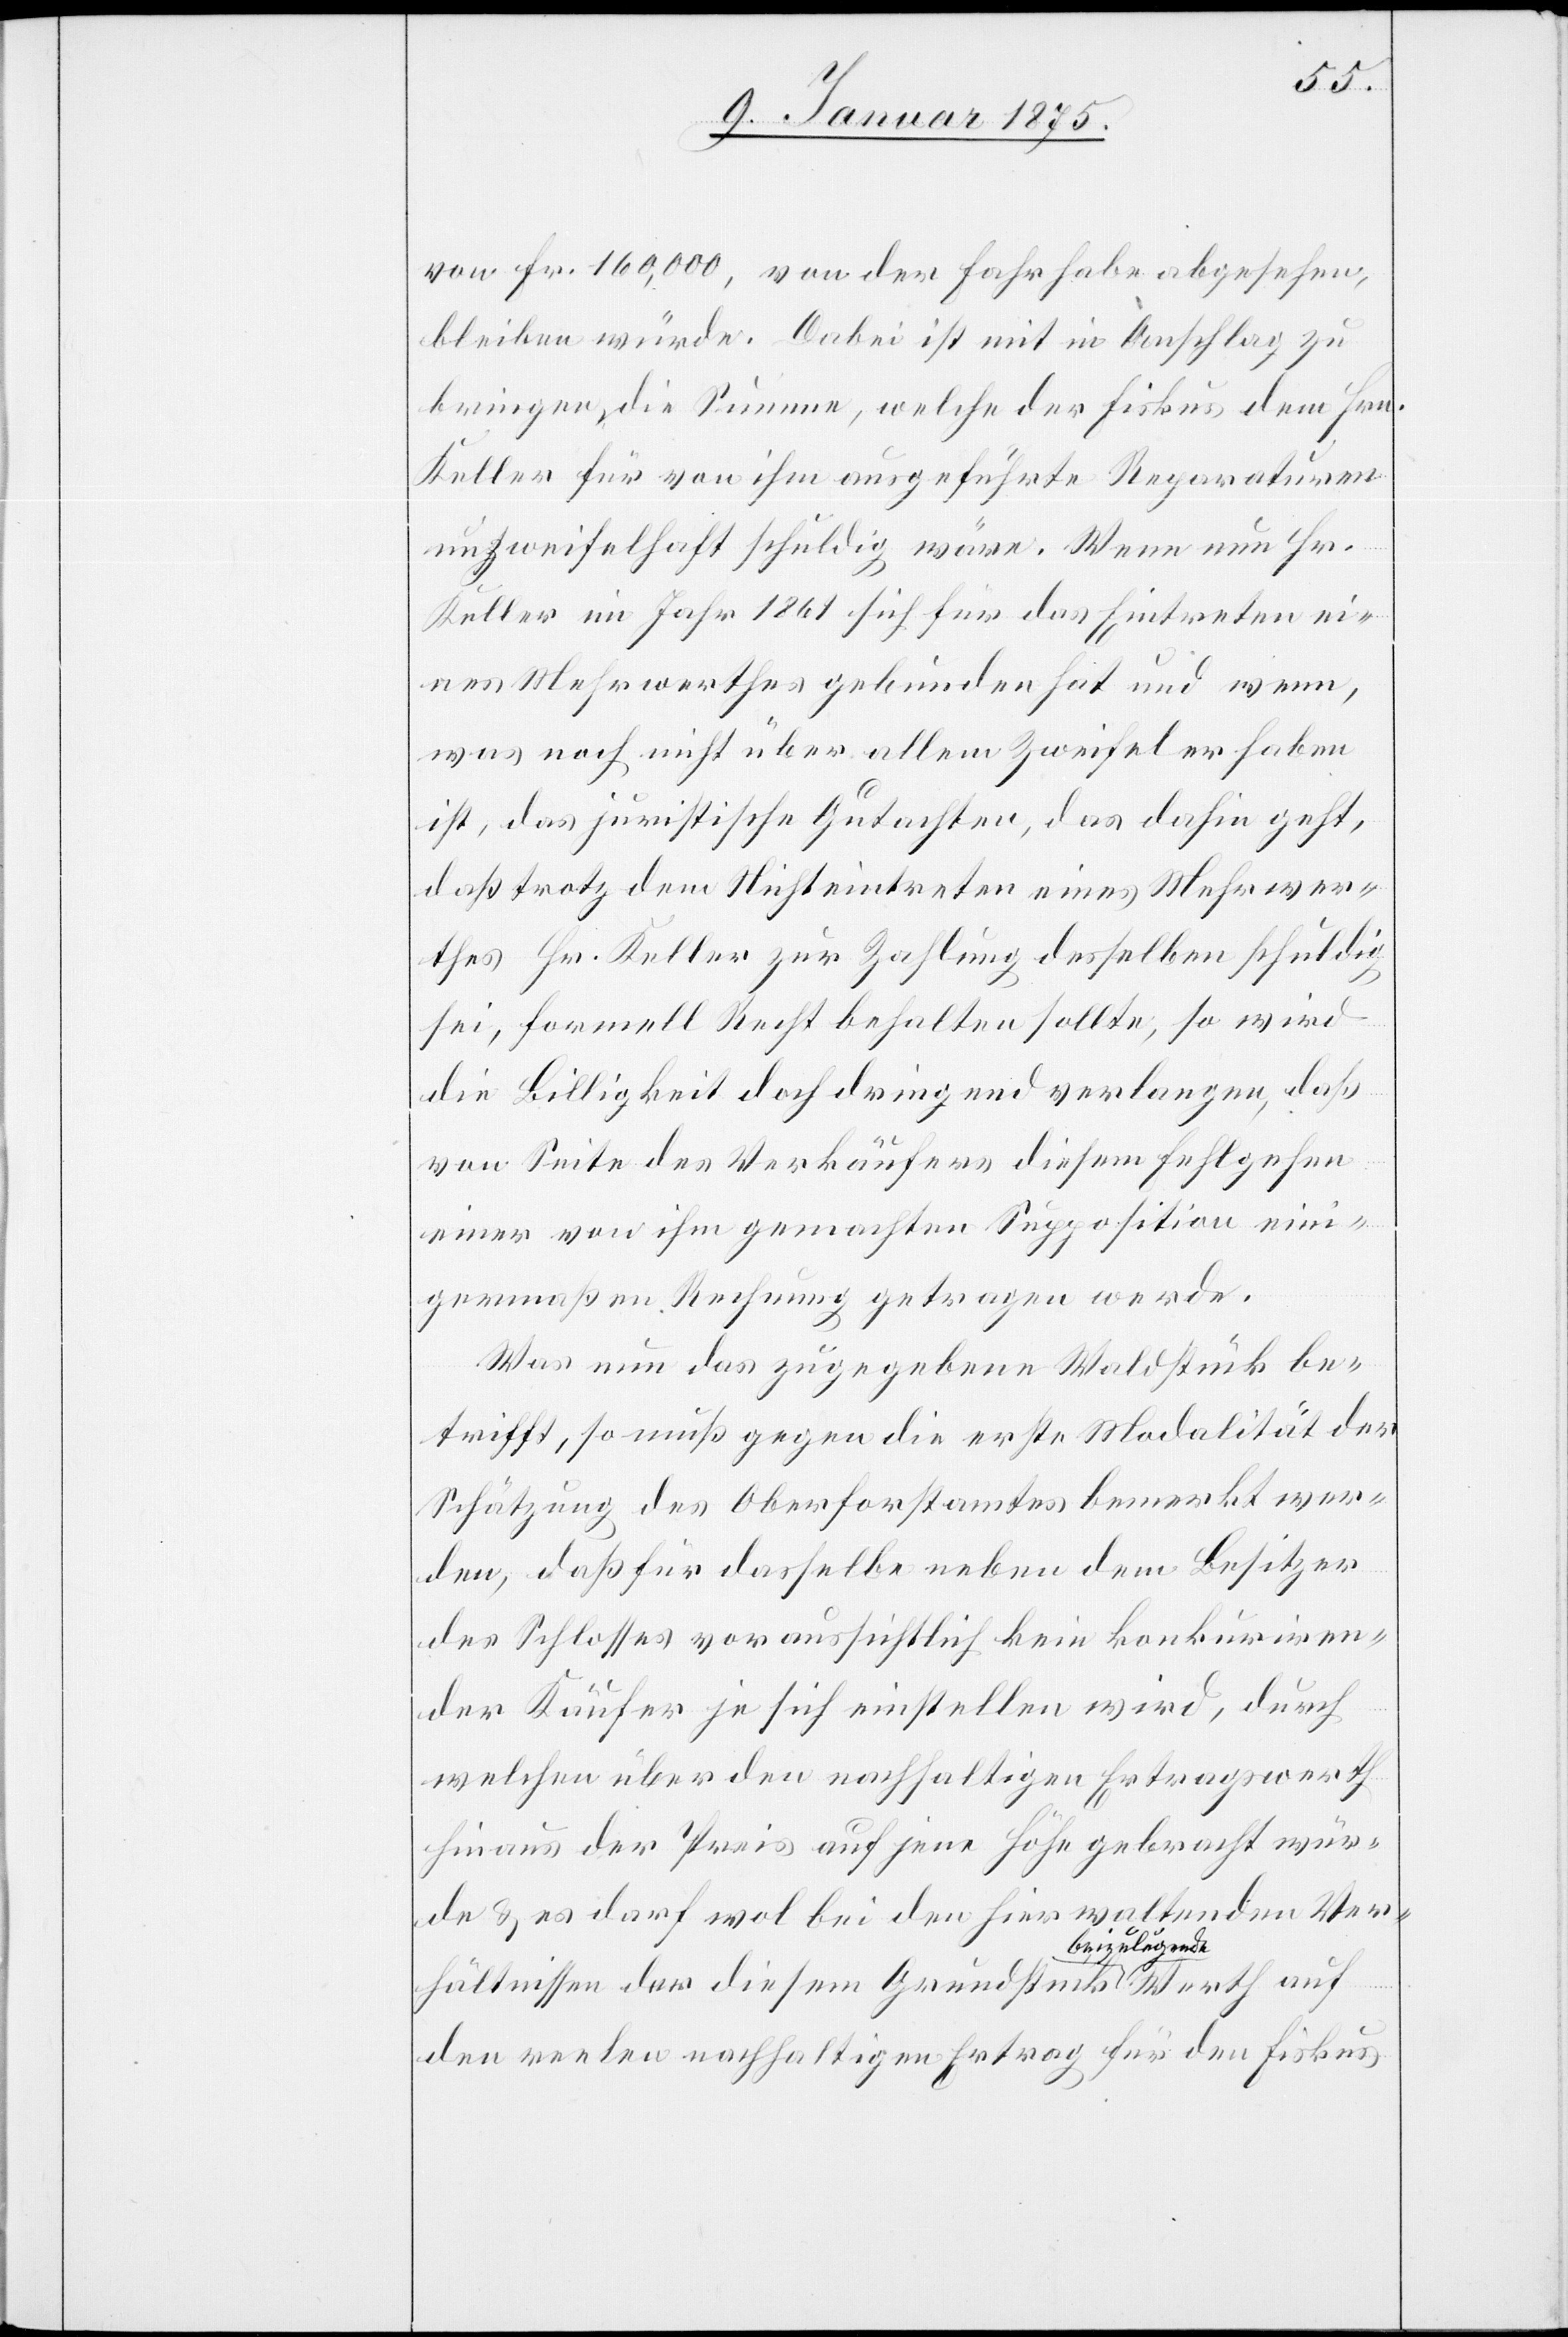
egende-a
von Fr. 160,000, von der Fahrhabe abgesehen,
bleiben würde. Dabei ist mit in Anschlag zu
bringen, die Summe, welche der Fiskus dem Hrn.
Keller für von ihm ausgeführte Reparaturen
unzweifelhaft schuldig wäre. Wenn nun Hr.
Keller im Jahr 1861 sich für das Eintreten ei¬
nes Mehrwerthes gebunden hat und wenn,
was noch nicht über allem Zweifel erhaben
ist, das juristische Gutachten, das dahin geht,
daß trotz dem Nichteintreten eines Mehrwer¬
thes Hr. Keller zur Zahlung desselben schuldig
sei, formell Recht behalten sollte, so wird
die Billigkeit doch dringend verlangen, daß
von Seite des Verkäufers diesem Fehlgehen
einer von ihm gemachten Supposition eini¬
germaßen Rechnung getragen werde.
Was nun das zugegebene Waldstück be¬
trifft, so muß gegen die erste Modalität der
Schätzung des Oberforstamtes bemerkt wer¬
den, das für dasselbe neben dem Besitzer
des Schlosses voraussichtlich kein konkur[r]iren¬
der Käufer je sich einstellen wird, durch
welchen über den nachhaltigen Ertragswerth
hinaus der Preis auf jene Höhe gebracht wür¬
de & es darf wol bei den hier waltenden Ver¬
hältnissen der diesem Grundstück a-beizul¬
den reelen nachhaltigen Ertrag für den Fiskus